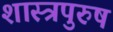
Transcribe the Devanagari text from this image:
शास्त्रपुरुष